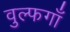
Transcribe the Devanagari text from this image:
वुल्फगाँ